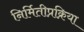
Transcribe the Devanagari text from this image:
निर्मितीप्रक्रिया